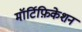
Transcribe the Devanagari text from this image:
मॉर्टिफ़िकेशन